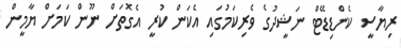
ރިޔާސީ ކެންޑިޑޭޓް ނަޝީދުގެ ވެރިކަމުގައި އެކަން ކުރީ އެގޮތަށް ނޫން ކަމަށް ޔާމީން